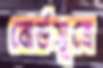
বোর্ডসূত্রে